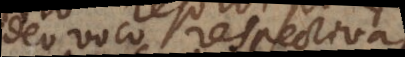
ideo voco respectivas: